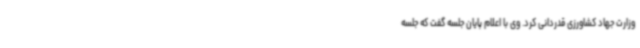
وزارت جهاد کشاورزی قدردانی کرد. وی با اعلام پایان جلسه گفت که جلسه